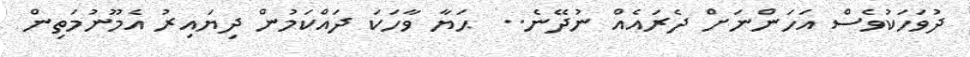
ދުވަހަކުވެސް އަހަންނަށް ދެރައެއް ނުދޭނެ..  ޙަޔާ ވާހަކަ ދައްކަމުން ދިޔައިރު އެމޫނުމަތިން